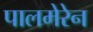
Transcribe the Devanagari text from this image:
पालमेरेन